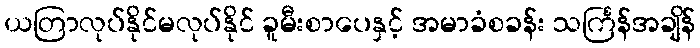
ယတြာလုပ်နိုင်မလုပ်နိုင် ခူမီးစာပေနှင့် အမာခံစခန်း သင်္ကြန်အချိန်